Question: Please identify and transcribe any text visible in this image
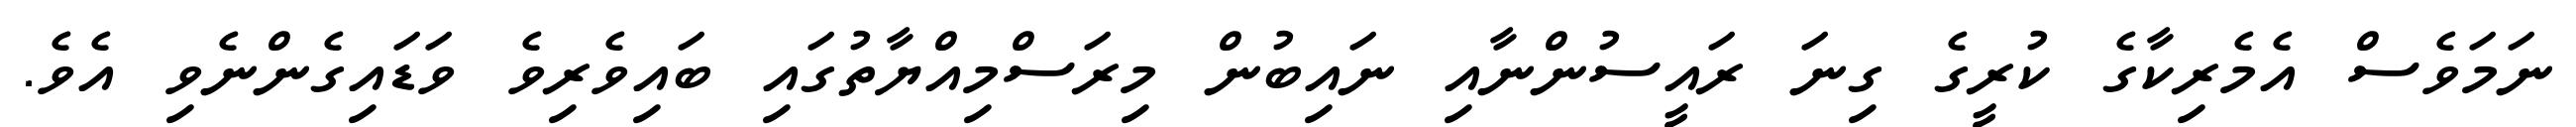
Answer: ނަމަވެސް އެމެރިކާގެ ކުރީގެ ގިނަ ރައީސުންނާއި ނައިބުން މިރަސްމިއްޔާތުގައި ބައިވެރިވެ ވަޑައިގެންނެވި އެވެ.